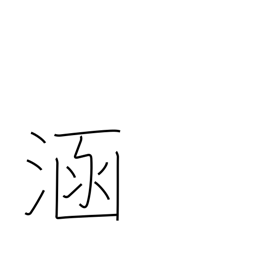
Meaning: immerse